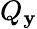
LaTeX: Q_{\mathbf{y}}